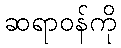
ဆရာဝန်ကို